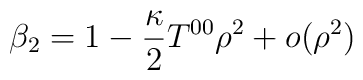
\beta_2=1-{\kappa\over 2}T^{00}\rho^2+o(\rho^2)